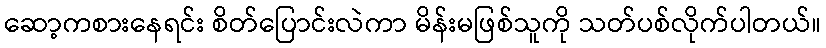
ဆော့ကစားနေရင်း စိတ်ပြောင်းလဲကာ မိန်းမဖြစ်သူကို သတ်ပစ်လိုက်ပါတယ်။